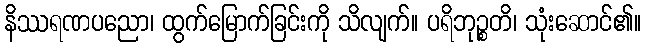
နိဿရဏပညော၊ ထွက်မြောက်ခြင်းကို သိလျက်။ ပရိဘုဉ္စတိ၊ သုံးဆောင်၏။